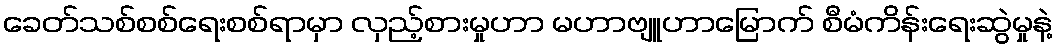
ခေတ်သစ်စစ်ရေးစစ်ရာမှာ လှည့်စားမှုဟာ မဟာဗျူဟာမြောက် စီမံကိန်းရေးဆွဲမှုနဲ့